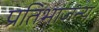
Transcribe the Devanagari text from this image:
प्रतिभाजन्य